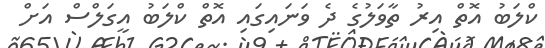
ކްލަބު އޮތް އިރު ތާވަލުގެ ދެ ވަނައިގައި އޮތް ކްލަބު އީގަލްސް އަށް